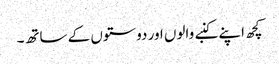
کچھ اپنے کنبے والوں اور دوستوں کے ساتھ۔